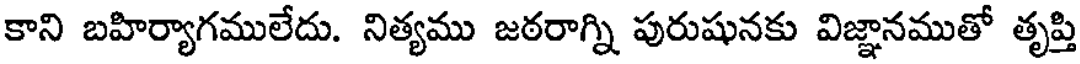
కాని బహిర్యాగములేదు. నిత్యము జఠరాగ్ని పురుషునకు విజ్ఞానముతో తృప్తి